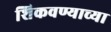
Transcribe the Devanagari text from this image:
शिकवण्याच्या